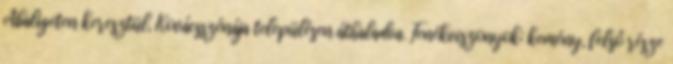
Abaligeten keresztül, Kovácsszénája településen áthaladva. Fenékviszonyok: kemény, felső része